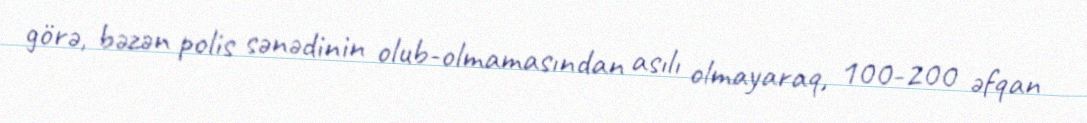
görə, bəzən polis sənədinin olub-olmamasından asılı olmayaraq, 100-200 əfqan